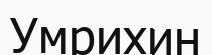
Умрихин